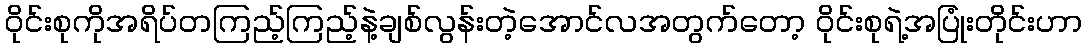
ဝိုင်းစုကိုအရိပ်တကြည့်ကြည့်နဲ့ချစ်လွန်းတဲ့အောင်လအတွက်တော့ ဝိုင်းစုရဲ့အပြုံးတိုင်းဟာ